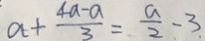
a + \frac { 4 a - a } { 3 } = \frac { a } { 2 } - 3